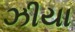
ઝીયા